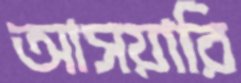
আসয়ারি